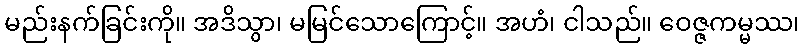
မည်းနက်ခြင်းကို။ အဒိသွာ၊ မမြင်သောကြောင့်။ အဟံ၊ ငါသည်။ ဝေဇ္ဇကမ္မဿ၊